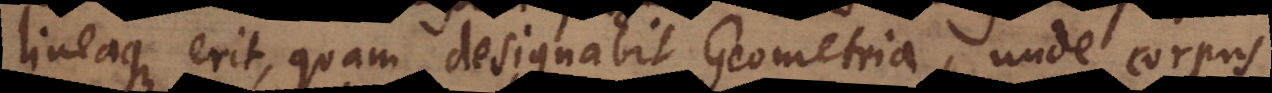
lineaque erit, quam designabit Geometria, unde corpus